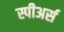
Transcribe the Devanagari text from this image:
स्पीअर्स